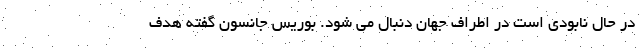
در حال نابودی است در اطراف جهان دنبال می شود. بوریس جانسون گفته هدف